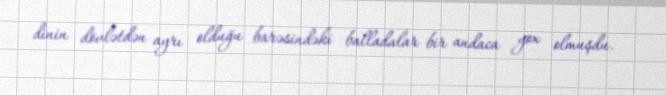
dinin dövlətdən ayrı olduğu barəsindəki balladalar bir andaca yox olmuşdu.